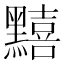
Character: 䵱